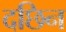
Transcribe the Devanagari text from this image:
दछिन